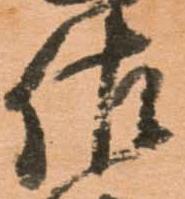
佐